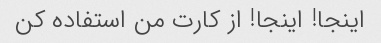
اینجا! اینجا! از کارت من استفاده کن